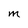
Character: m